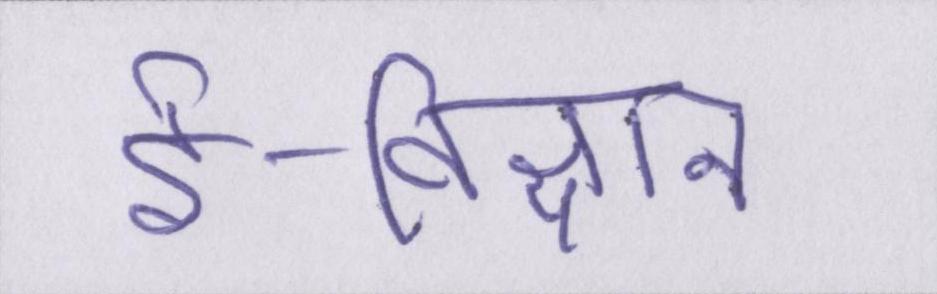
ई-विज्ञान